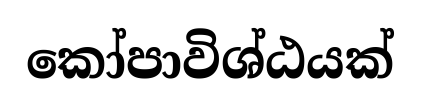
කෝපාවිශ්ඨයක්